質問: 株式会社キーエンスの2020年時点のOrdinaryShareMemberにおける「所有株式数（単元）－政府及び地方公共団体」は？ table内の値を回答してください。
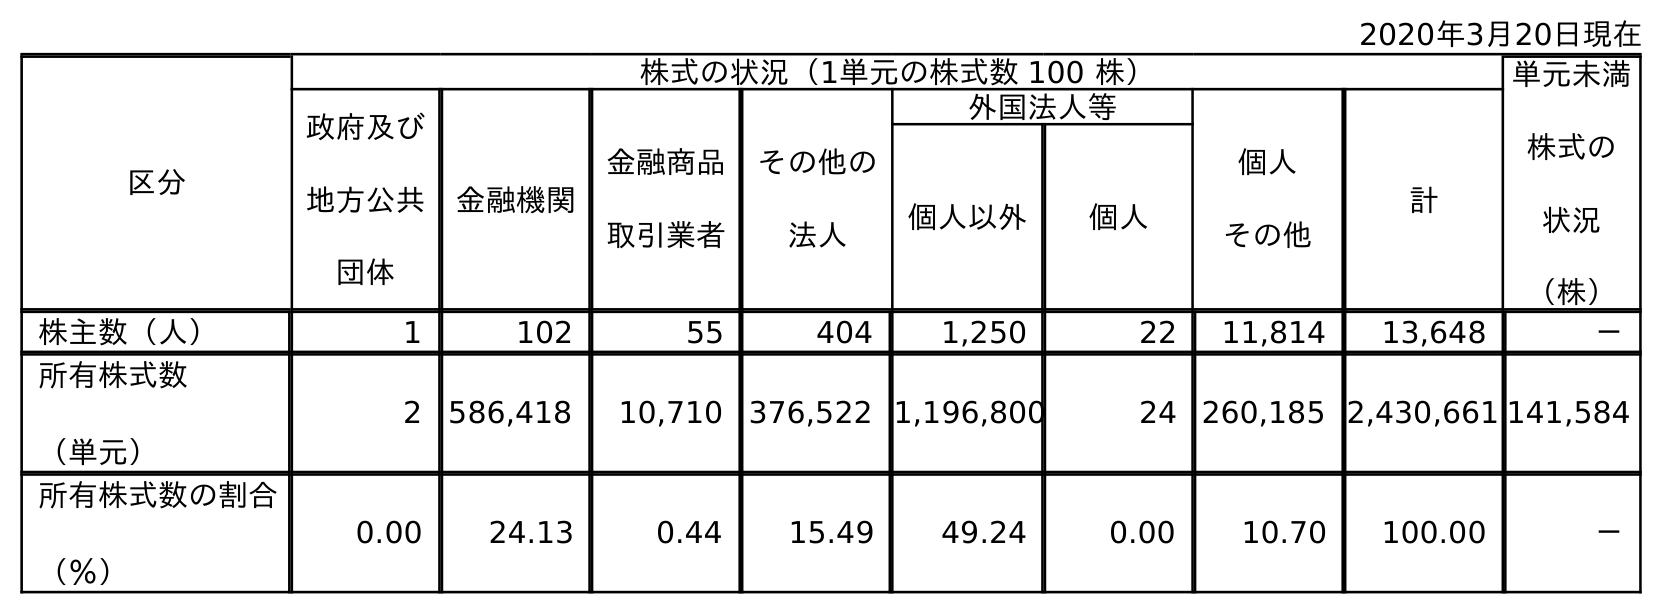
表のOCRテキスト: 2020年3月20日現在 区分 株式の状況（1単元の株式数 100 株） 単元未満 株式の 状況 （株） 政府及び 地方公共 団体 金融機関 金融商品 取引業者 その他の 法人 外国法人等 個人 その他 計 個人以外 個人 株主数（人） 1 102 55 404 1,250 22 11,814 13,648 － 所有株式数 （単元） 2 586,418 10,710 376,522 1,196,800 24 260,185 2,430,661 141,584 所有株式数の割合 （％） 0.00 24.13 0.44 15.49 49.24 0.00 10.70 100.00 －
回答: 2